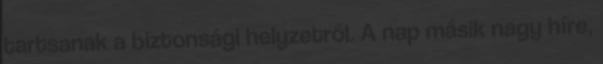
tartsanak a biztonsági helyzetről. A nap másik nagy híre,